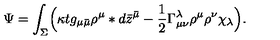
\Psi = \int _ { \Sigma } \Bigl ( \kappa t g _ { \mu \bar { \mu } } \rho ^ { \mu } * d \bar { z } ^ { \bar { \mu } } - \frac { 1 } { 2 } \Gamma _ { \mu \nu } ^ { \lambda } \rho ^ { \mu } \rho ^ { \nu } \chi _ { \lambda } \Bigr ) .